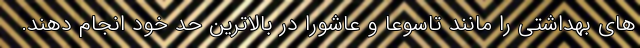
های بهداشتی را مانند تاسوعا و عاشورا در بالاترین حد خود انجام دهند.